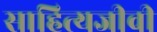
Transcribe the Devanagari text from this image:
साहित्यजीवी